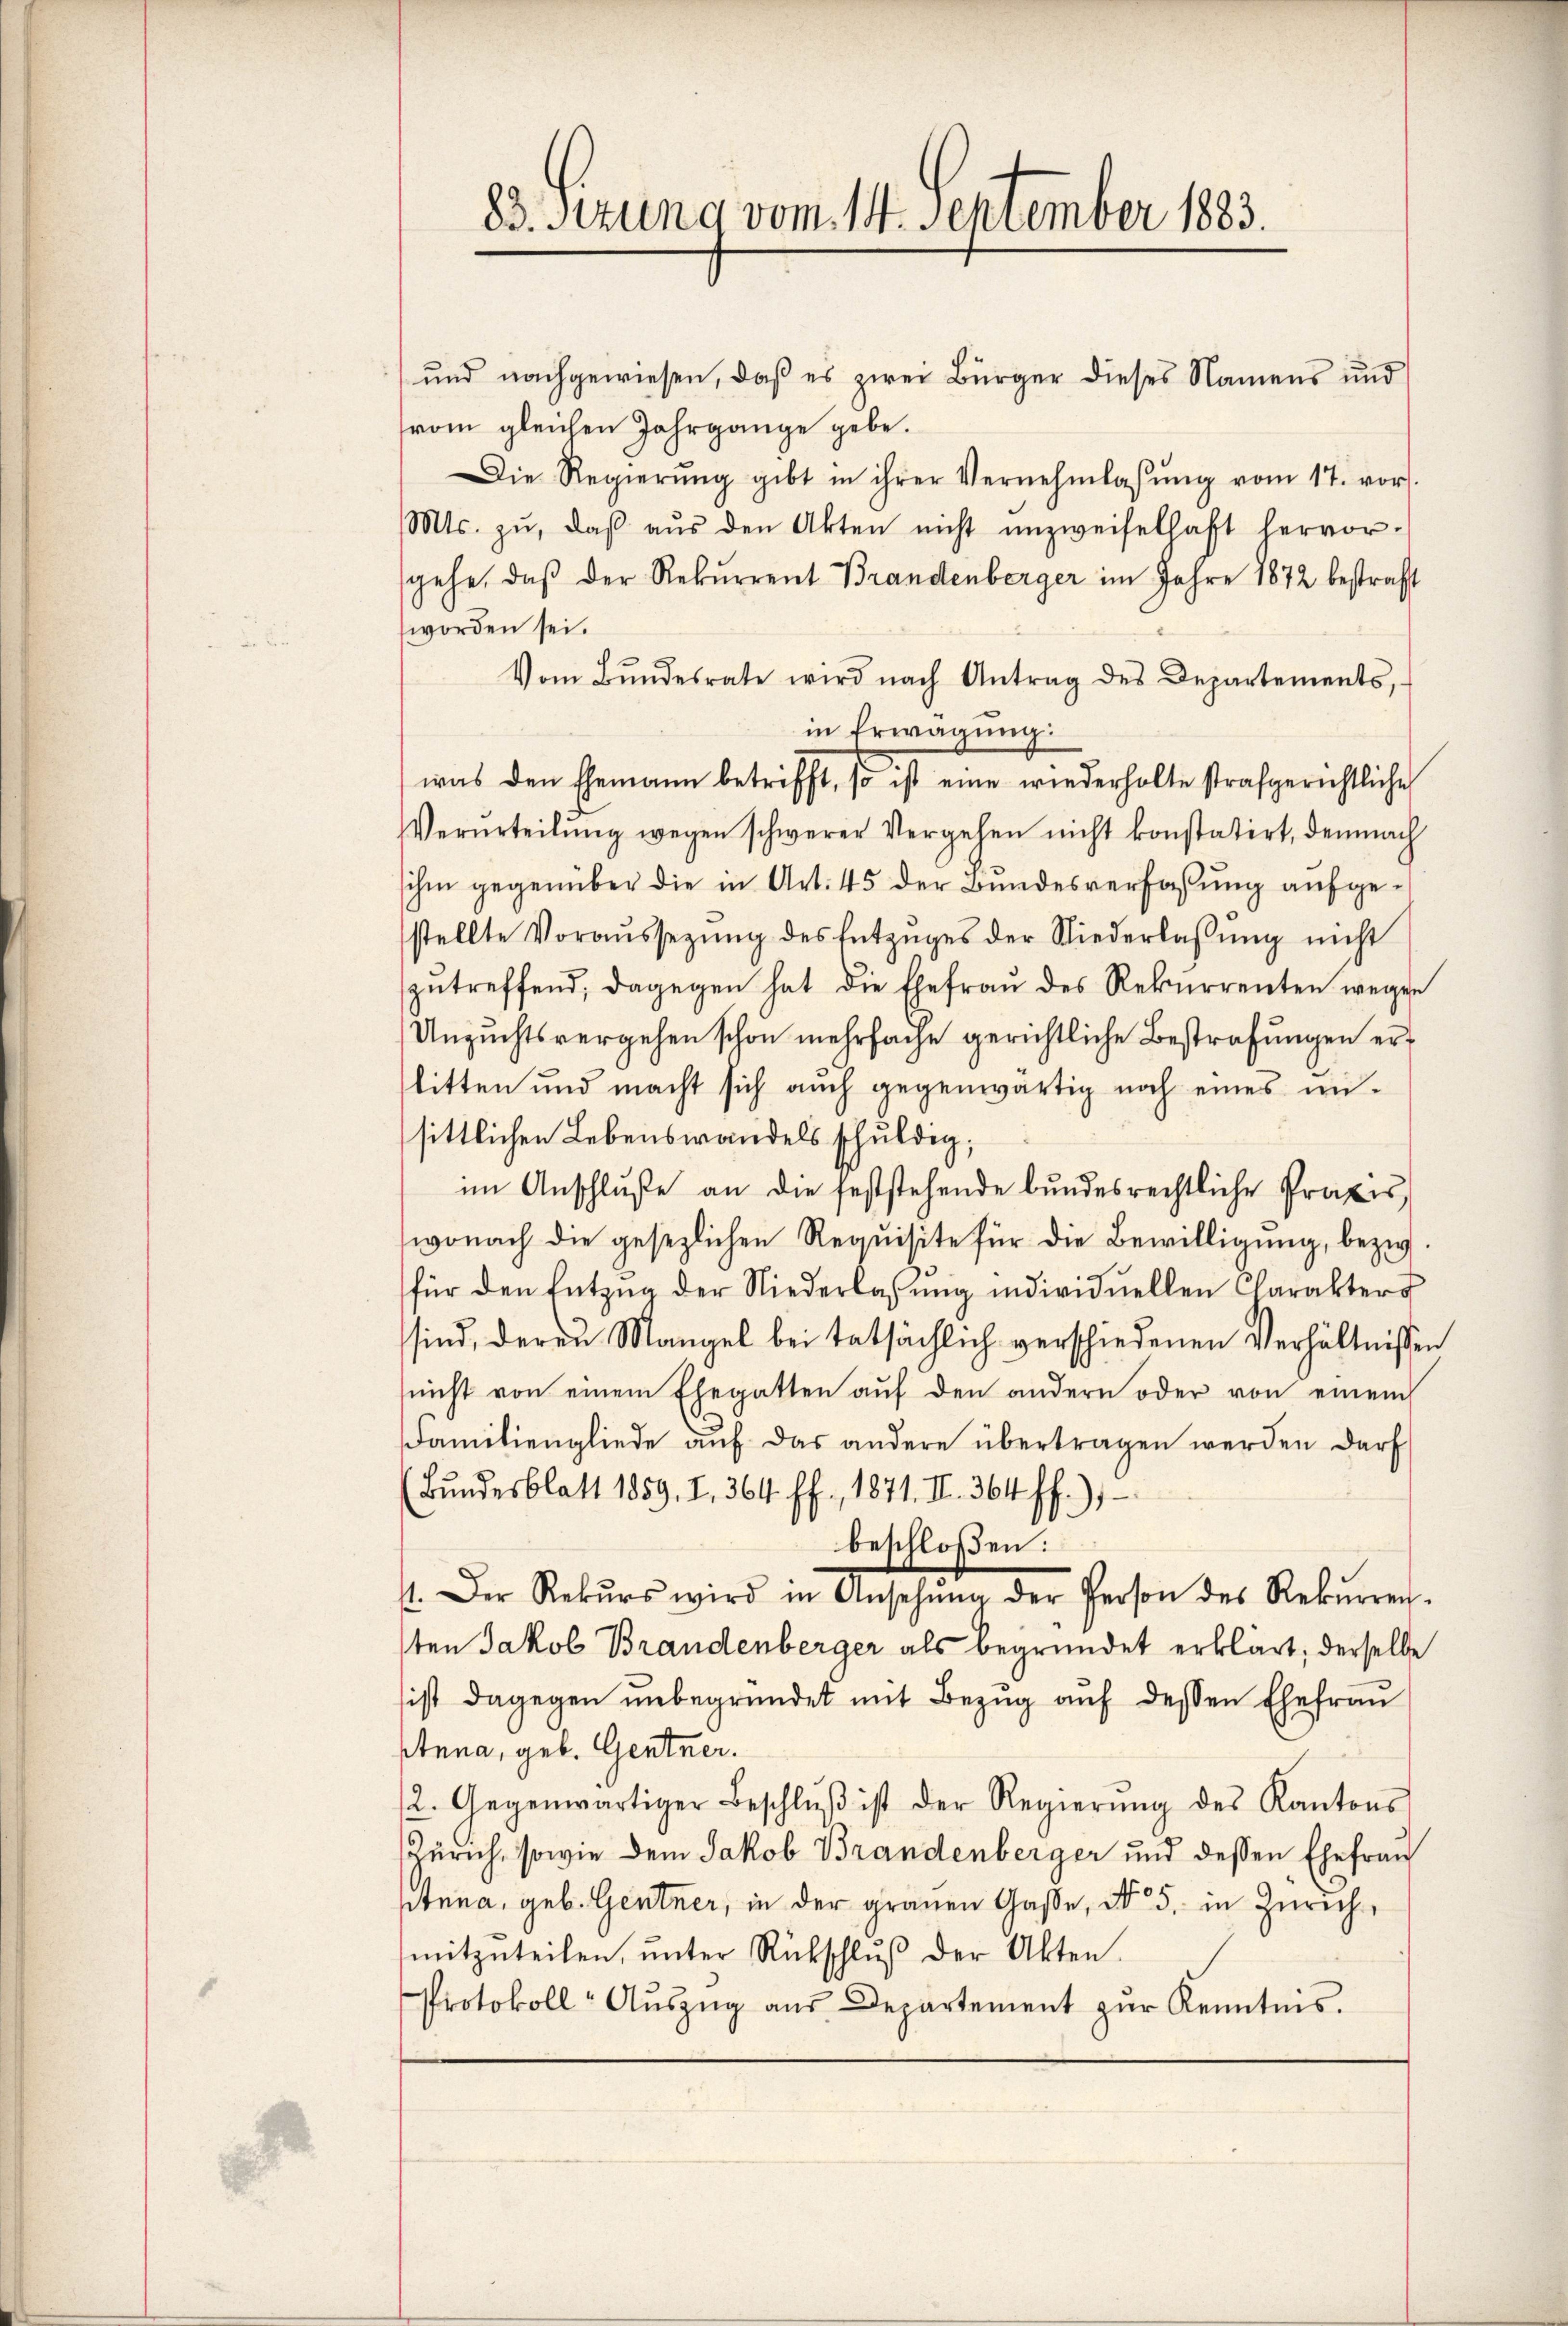
83. Sitzung vom 14. September 1883.

und nachgewiesen, daß es zwei Bürger dieses Namens und
vom gleichen Jahrgange gebe.
Die Regierŭng gibt in ihrer Vernehmlassŭng vom 17. vor.
Mts. zŭ, daβ aŭs den Akten nicht unzweifelhaft hervor-
gehe, daß der Rekurrent Brandenberger im Jahre 1872 bestraft
worden sei.
Vom Bŭndesrate wird nach Antrag des Departements,
in Erwägung:
was den Ehemann betrifft, so ist eine wiederholte strafgerichtliche
Verurteilung wegen schwerer Vergehen nicht konstatirt, demnach
ihm gegenüber die in Art. 45 der Bundesverfassung aufgestellte Voraŭssezŭng des Entzŭges der Niederlassŭng nicht
zŭtreffend, dagegen hat die Ehefraŭ des Rekurrenten wegen
Unzuchtsvergehen schon mehrfache gerichtliche Bestrafungen erlitten und macht sich auch gegenwärtig noch eines unsittlichen Lebenswandels schuldig,
im Anschluße an die feststehende bundesrechtliche Praxis,
wonach die gesezlichen Requisite für die Bewilligung, bezw.
für den Entzŭg der Niederlassŭng individuellen Charakters
sind, deren Mangel bei tatsächlich verschiedenen Verhältnissen
nicht von einem Ehegatten aŭf den andern oder von einem
Familiengliede aŭf das andere übertragen werden darf
Bundesblatt 1859, I., 364 ff., 1871. II. 364 ff.)
beschloßen:
11. Der Rekŭrs wird in Ansehung der Person des Rekŭrren-
sten Jakob Brandenberger als begründet erklärt; derselbe
ist dagegen ŭnbegründet mit Bezug auf dessen Ehefrau
Anna, geb. Gentner.
2. Gegenwärtiger Beschlŭβ ist der Regierŭng des Kantons
Zürich, sowie dem Jakob Brandenberger und dessen Ehefrau
tnna, geb. Gentner, in der grauen Gasse, No 5. in Zürich,
mitzŭteilen, ŭnter Rückschlŭβ der Akten.
Protokoll- Aŭszŭg aŭs Departement zŭr Kenntnis.